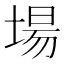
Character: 場